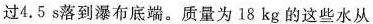
过4.5s落到瀑布底端。质量为18kg的这些水从